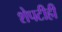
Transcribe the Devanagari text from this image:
शेपटीही